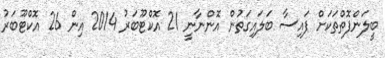
ބީލަންފޮތްތަކަށް ފައިސާ ބަލައިގަތުން އޮންނާނީ 21 އޮކްޓޫބަރު 2014 އިން 26 އޮކްޓޫބަރު